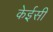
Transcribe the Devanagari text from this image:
केईसी